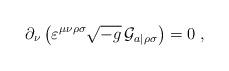
LaTeX: \begin{align*} \partial_{\nu} \left(\varepsilon^{\mu\nu\rho\sigma} \sqrt{-g} \, {\mathcal{G}}_{a|\rho\sigma}\right) = 0\;,\end{align*}